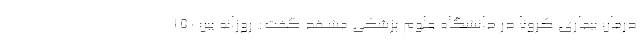
درمان بیماری کرونا در دانشگاه علوم پزشکی مشهد گفت: روزانه بین ۱۵۰